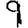
Digit: 9